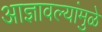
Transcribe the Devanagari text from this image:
आज्ञावल्यांमुळे